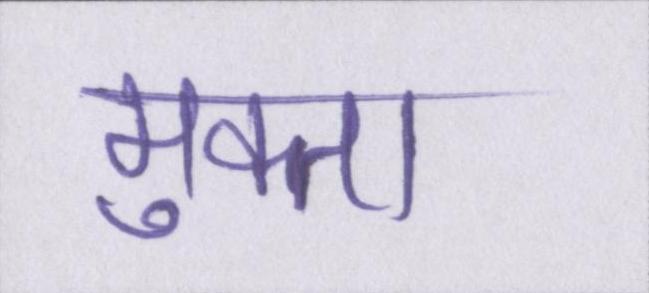
मुक्ता